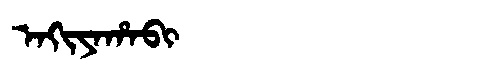
Manchu: ᠠᡴᡳᠶᠠᡥᠠᠪᡳ
Romanization: AKIYAHABI